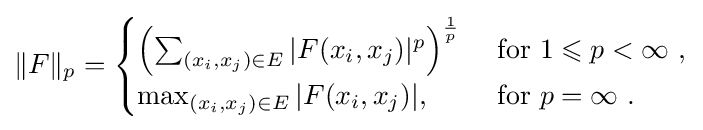
\|F\|_{p}={\begin{cases}\left(\sum _{(x_{i},x_{j})\in E}|F(x_{i},x_{j})|^{p}\right)^{\frac {1}{p}}&{\text{ for }}1\leqslant p<\infty \ ,\\\max _{(x_{i},x_{j})\in E}|F(x_{i},x_{j})|,&{\text{ for }}p=\infty \ .\end{cases}}